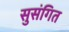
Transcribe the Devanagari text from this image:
सुसंगित